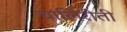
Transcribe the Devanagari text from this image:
चालिरीती